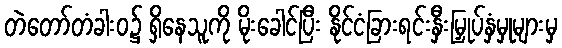
တဲတော်တံခါးဝ၌ ရှိနေသူကို မိုးခေါင်ပြီး နိုင်ငံခြားရင်းနှီးမြှုပ်နှံမှုများမှ